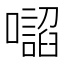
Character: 𭌂